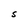
Character: S